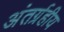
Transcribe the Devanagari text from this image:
अंतर्ग्रहीय